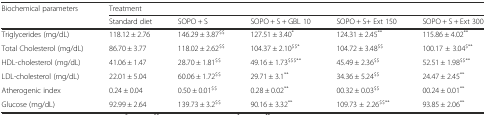
| Biochemical parameters | <COLSPAN=5> Treatment |
 |  | Standard diet | SOPO + S | SOPO + S + GBL 10 | SOPO + S+ Ext 150 | SOPO + S + Ext 300 |
 | --- | --- | --- | --- | --- | --- |
 | Triglycerides (mg/dL) | 118.12 ± 2.76 | 146.29 ± 3.87$$ | 127.51 ± 3.40* | 124.31 ± 2.45** | 115.86 ± 4.02** |
 | Total Cholesterol (mg/dL) | 86.70 ± 3.77 | 118.02 ± 2.62$$ | 104.37 ± 2.10$$* | 104.72 ± 3.48$$ | 100.17 ± 3.04$** |
 | HDL-cholesterol (mg/dL) | 41.06 ± 1.47 | 28.70 ± 1.81$$ | 49.16 ± 1.73$$$** | 45.49 ± 2.36$$ | 52.51 ± 1.98$$** |
 | LDL-cholesterol (mg/dL) | 22.01 ± 5.04 | 60.06 ± 1.72$$ | 29.71 ± 3.1** | 34.36 ± 5.24$$ | 24.47 ± 2.45** |
 | Atherogenic index | 0.24 ± 0.04 | 0.50 ± 0.01$$ | 0.28 ± 0.02** | 00.32 ± 0.03$$ | 00.24 ± 0.01** |
 | Glucose (mg/dL) | 92.99 ± 2.64 | 139.73 ± 3.2$$ | 90.16 ± 3.32** | 109.73 ± 2.26$$** | 93.85 ± 2.06** |